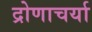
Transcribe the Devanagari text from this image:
द्रोणाचर्या